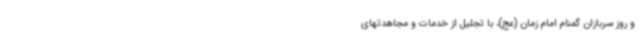
و روز سربازان گمنام امام زمان (عج)، با تجلیل از خدمات و مجاهدتهای